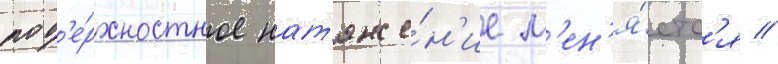
пов'е́рхностное нат'яже́н'ие м'ен'я́етс'я //